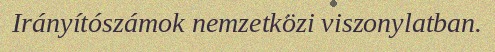
Irányítószámok nemzetközi viszonylatban.